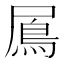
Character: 䲩